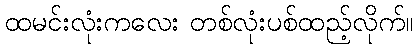
ထမင်းလုံးကလေး တစ်လုံးပစ်ထည့်လိုက်။